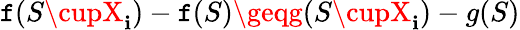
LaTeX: \mathtt{f}(S\cupX_{\mathbf{i}})-\mathtt{f}(S)\geqg(S\cupX_{\mathbf{i}})-g(S)